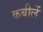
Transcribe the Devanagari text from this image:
कबीलें